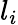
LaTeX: l_{i}